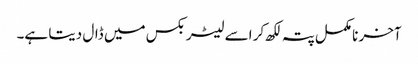
آخر نامکمل پتہ لکھ کر اسے لیٹر بکس میں ڈال دیتا ہے۔